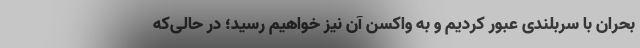
بحران با سربلندی عبور کردیم و به واکسن آن نیز خواهیم رسید؛ در حالی‌که